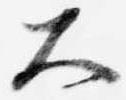
大